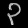
Digit: ၃